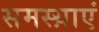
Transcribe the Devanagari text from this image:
समस्य़ाएं